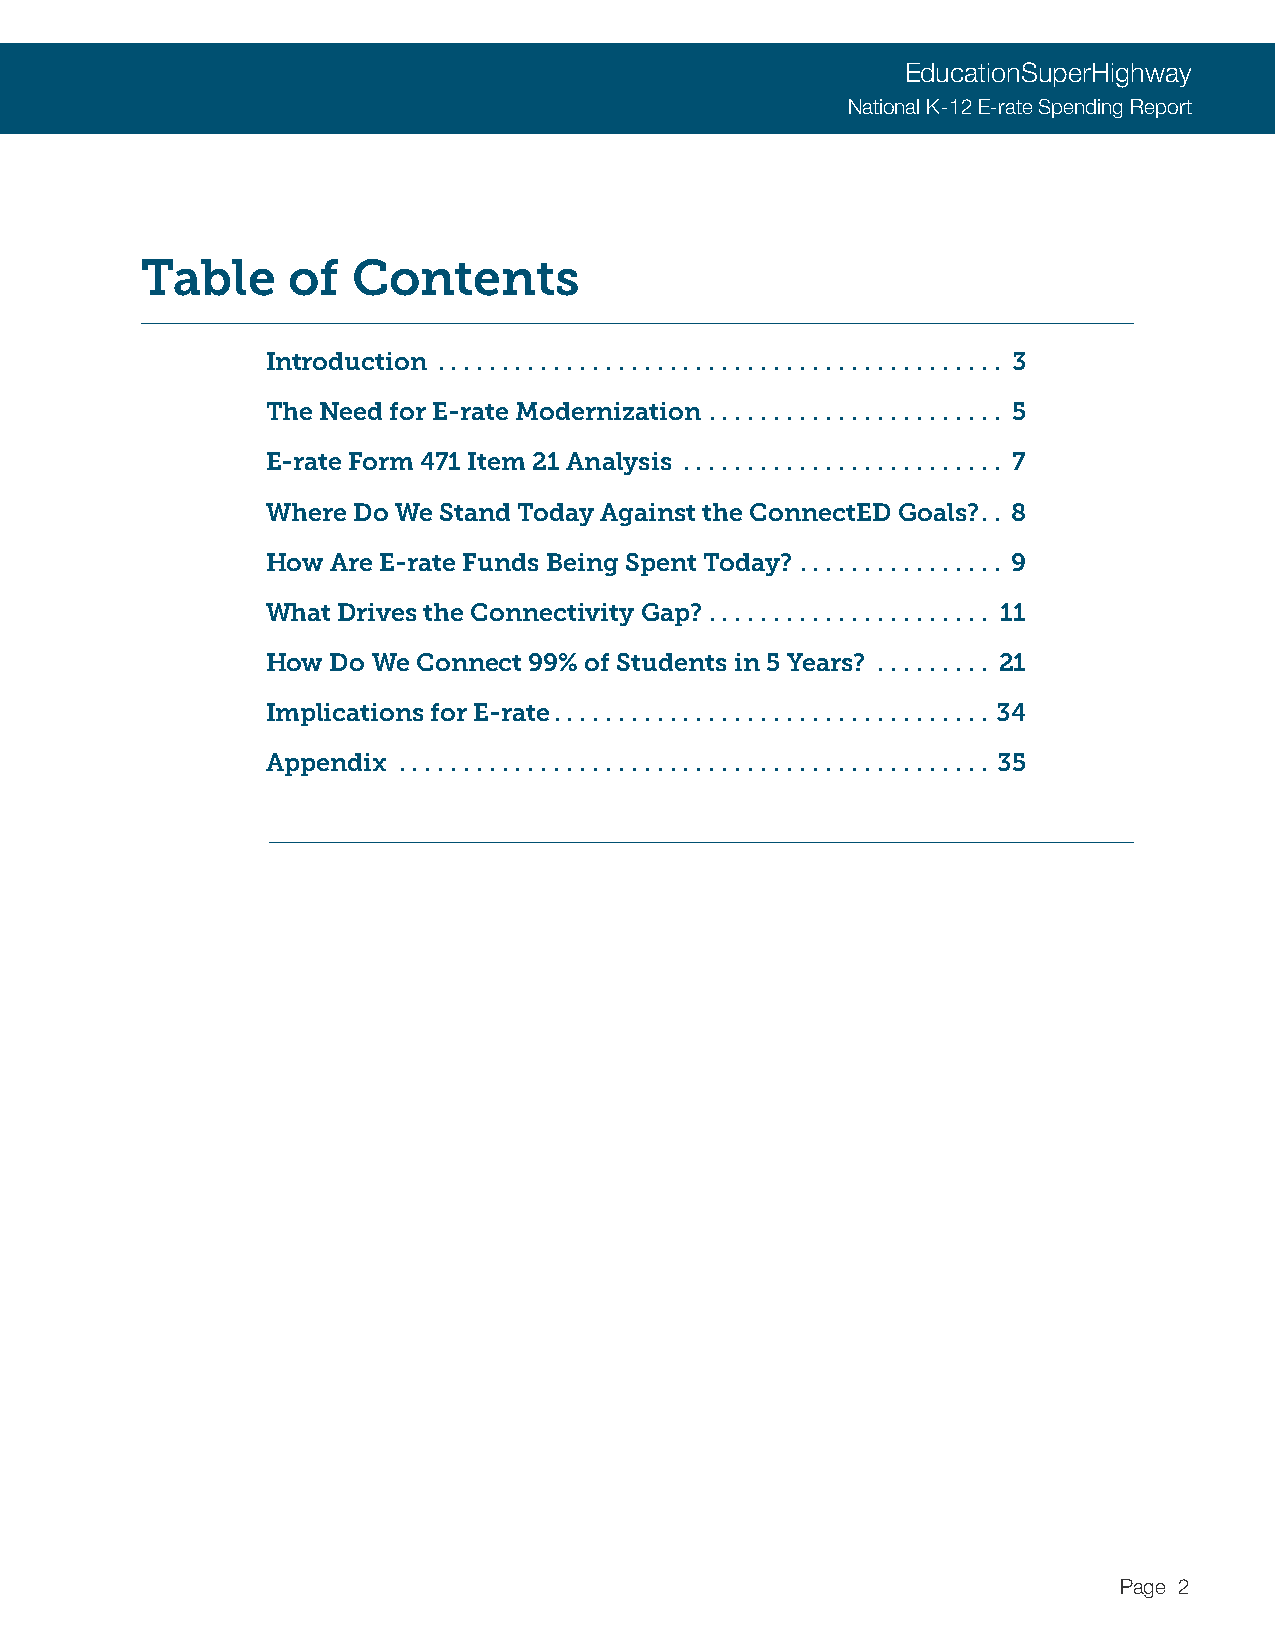
EducationSuperHighway
 National K-12 E-rate Spending Report
 Table     of  Contents
 Introduction ............................................ 3
 The Need for E-rate Modernization ....................... 5
 E-rate Form 471 Item 21 Analysis ......................... 7
 Where Do We Stand Today Against the ConnectED Goals? .. 8
 How Are E-rate Funds Being Spent Today? ................ 9
 What Drives the Connectivity Gap? ...................... 11
 How Do We Connect 99% of Students in 5 Years? ......... 21
 Implications for E-rate .................................. 34
 Appendix .............................................. 35
 Page 2